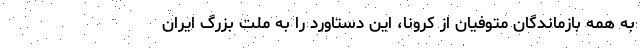
به همه بازماندگان متوفیان از کرونا، این دستاورد را به ملت بزرگ ایران